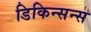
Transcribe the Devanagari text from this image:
डिकिन्सन्स